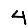
Digit: 4